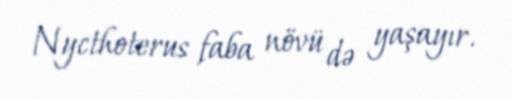
Nycthoterus faba növü də yaşayır.